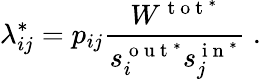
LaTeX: \lambda_{ij}^{*}=p_{ij}\frac{W^{\mathrm{~t~o~t~}^{*}}}{s_{i}^{\mathrm{~o~u~t~}^{*}}s_{j}^{\mathrm{~i~n~}^{*}}}\; .